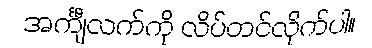
အင်္ကျီလက်ကို လိပ်တင်လိုက်ပါ။